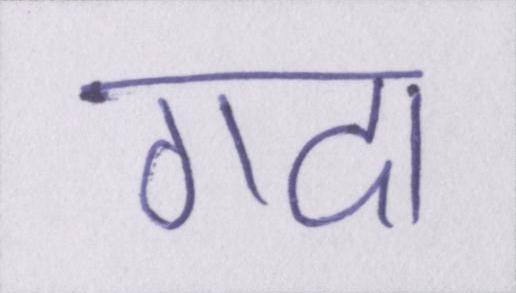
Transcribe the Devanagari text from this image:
गदा